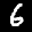
Label: 6